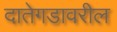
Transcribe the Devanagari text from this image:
दातेगडावरील